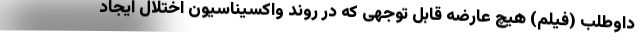
داوطلب (فیلم) هیچ عارضه قابل توجهی که در روند واکسیناسیون اختلال ایجاد